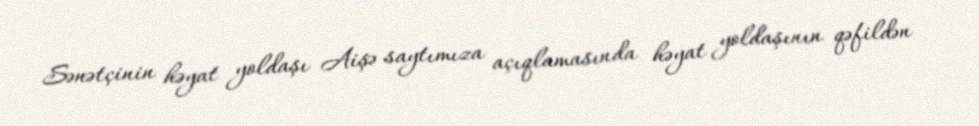
Sənətçinin həyat yoldaşı Aişə saytımıza açıqlamasında həyat yoldaşının qəfildən